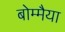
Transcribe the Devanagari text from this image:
बोम्मैया